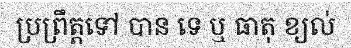
ប្រព្រឹត្តទៅ បាន ទេ ឬ ធាតុ ខ្យល់